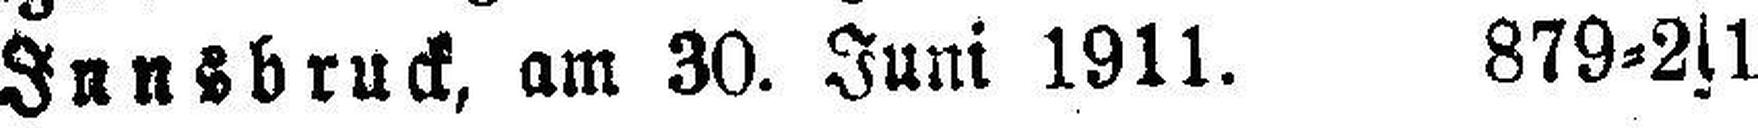
Innsbruck, am 30. Juni 1911. 879=2s1